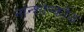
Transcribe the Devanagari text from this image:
नान्शान्कोउ